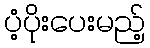
ပံ့ပိုးပေးမည့်